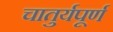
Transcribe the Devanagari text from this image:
चातुर्यपूर्ण